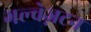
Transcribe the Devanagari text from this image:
गल्वेज़टन